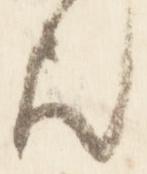
歟